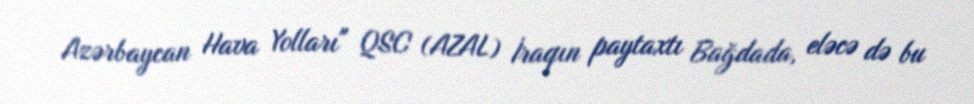
Azərbaycan Hava Yolları" QSC (AZAL) İraqın paytaxtı Bağdada, eləcə də bu